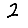
Digit: 2